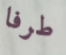
طرفا